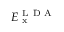
E _ { \mathrm { ~ x ~ } } ^ { \mathrm { ~ L ~ D ~ A ~ } }